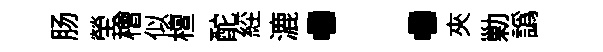
肠塋檜似檀酡𦀇漉：夾勦譌